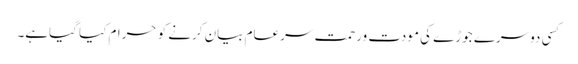
کسی دوسرے جوڑے کی مودت ورحمت سرعام بیان کرنے کو حرام کیا گیاہے۔